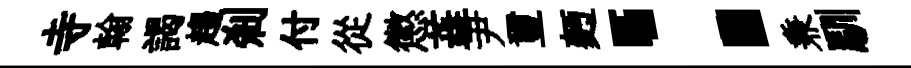
寺翰謁趨剎付從懲蕋尹璽麪：兼馴